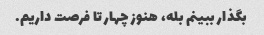
بگذار ببینم بله، هنوز چهار تا فرصت داریم.